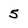
Character: 5